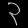
Digit: ၃